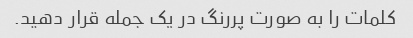
کلمات را به صورت پررنگ در یک جمله قرار دهید.